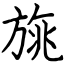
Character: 旐